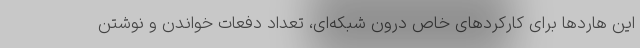
این هاردها برای کارکردهای خاص درون شبکه‌ای، تعداد دفعات خواندن و نوشتن